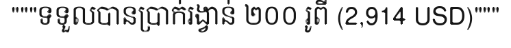
"""ទទួលបានប្រាក់រង្វាន់ ២០០ រូពី (2,914 USD)"""